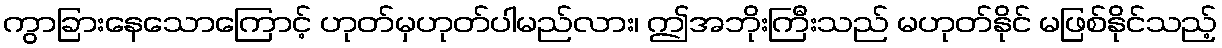
ကွာခြားနေသောကြောင့် ဟုတ်မှဟုတ်ပါမည်လား၊ ဤအဘိုးကြီးသည် မဟုတ်နိုင် မဖြစ်နိုင်သည့်